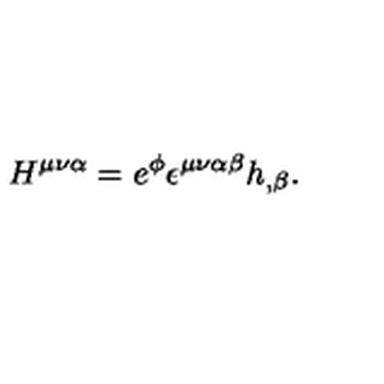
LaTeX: H ^ { \mu \nu \alpha } = e ^ { \phi } \epsilon ^ { \mu \nu \alpha \beta } h _ { , \beta } .